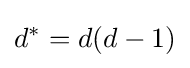
d^{*}=d(d-1)